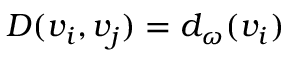
D ( v _ { i } , v _ { j } ) = d _ { \omega } ( v _ { i } )